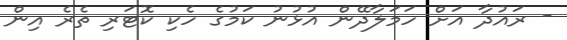
- ރައުދާ އަށް ހަމަލާދޭން އުޅުނު ކަމުގެ ހެކި ކޮޓަރި ތެރެ އިން